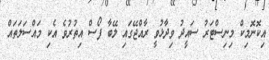
އިކޮނޮމިކް މިނިސްޓަރު ސައީދު ވިދާޅުވީ ރާއްޖޭގައި ލޭބާ ފޯސް އިތުރުވެ އެކި މައްސަލަތައް